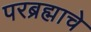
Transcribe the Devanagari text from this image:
परब्रह्माचे